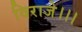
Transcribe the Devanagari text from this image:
विराजे।।।